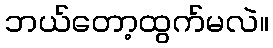
ဘယ်တော့ထွက်မလဲ။